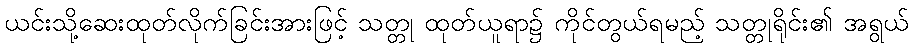
ယင်းသို့ဆေးထုတ်လိုက်ခြင်းအားဖြင့် သတ္တု ထုတ်ယူရာ၌ ကိုင်တွယ်ရမည့် သတ္တုရိုင်း၏ အရွယ်